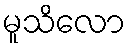
မူသိလော